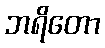
ဘရိတော